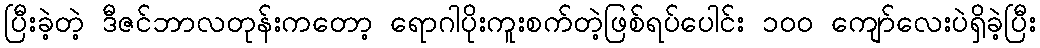
ပြီးခဲ့တဲ့ ဒီဇင်ဘာလတုန်းကတော့ ရောဂါပိုးကူးစက်တဲ့ဖြစ်ရပ်ပေါင်း ၁၀၀ ကျော်လေးပဲရှိခဲ့ပြီး